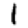
Digit: 1